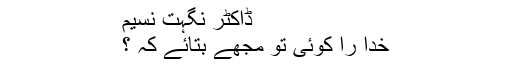
ڈاکٹر نگہت نسیم
خدا را کوئی تو مجھے بتائے کہ ؟